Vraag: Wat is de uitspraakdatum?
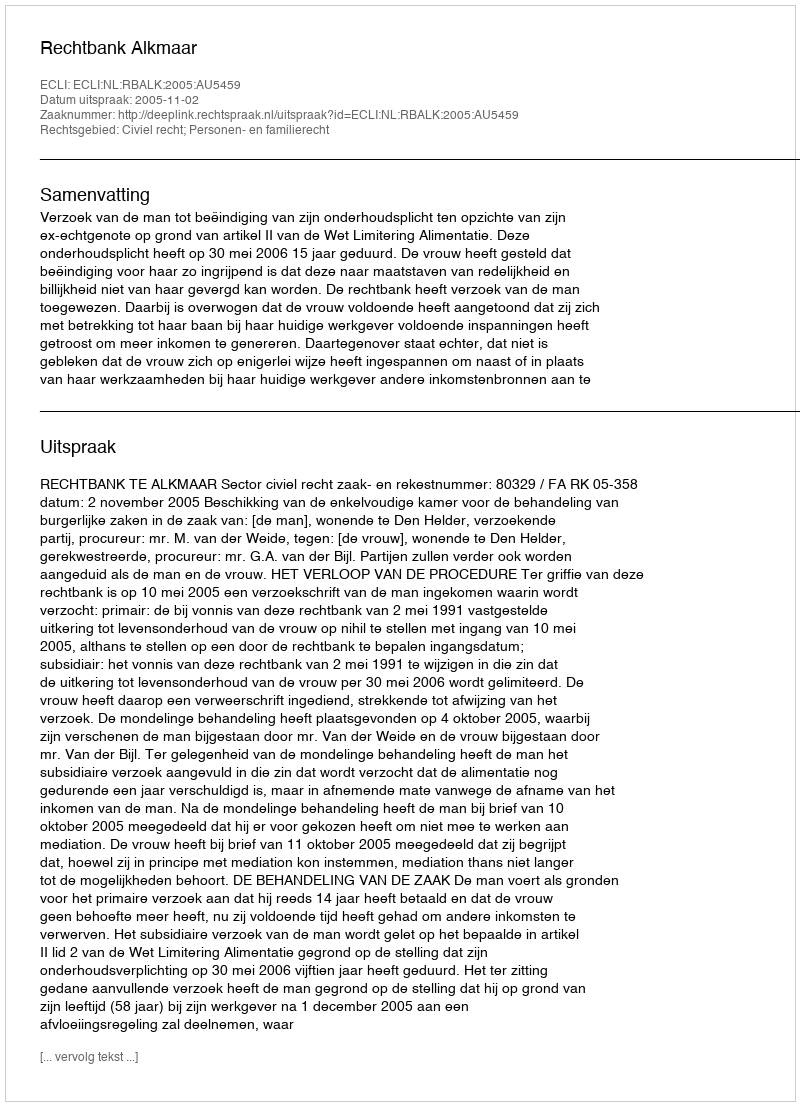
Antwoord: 2005-11-02